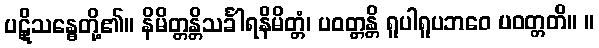
ပဋိုသန္ဓေတို့၏။ နိမိတ္တန္တိသင်္ခါရနိမိတ္တံ၊ ပဝတ္တန္တိ ရူပါရူပဘဝေ ပဝတ္တတိ။ ။